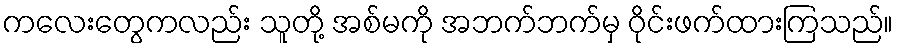
ကလေးတွေကလည်း သူတို့ အစ်မကို အဘက်ဘက်မှ ဝိုင်းဖက်ထားကြသည်။